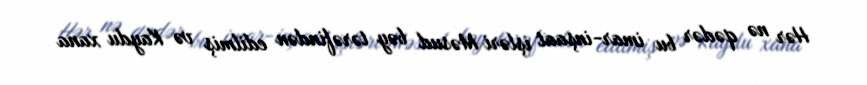
Hər nə qədər bu imar-inşaat işləri Məsud bəy tərəfindən edilmiş və Kaydu xana